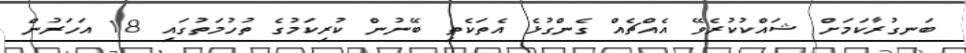
ބަނގުރާކަމަށް ޝައްކުކުރެވޭ އެއްޗެއް ގެންގުޅެ އެތަކެތި ބޭނުން ކުރިކަމުގެ ތުހުމަތުގައި 18 އަހަރުން